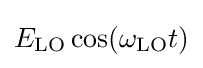
E_{\mathrm {LO} }\cos(\omega _{\mathrm {LO} }t)